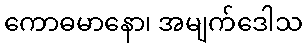
ကောဓမာနော၊ အမျက်ဒေါသ